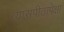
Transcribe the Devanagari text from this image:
व्यासपीठापेक्षा